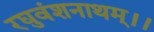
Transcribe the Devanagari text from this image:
रघुवंशनाथम्।।